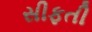
સીફતી